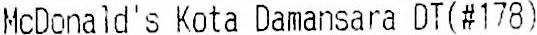
MCDONALD'S KOTA DAMANSARA DT(#178)